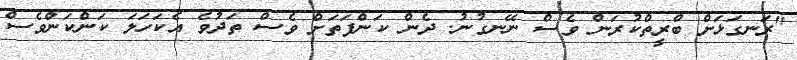
"ރަނގަަޅަށް ބްރީތްކުރަން ވެސް ނޭނގުނު. ދެން ކަންފަތަށް ވެސް ތަދުވެ އެކަހަލަ ކަންކަންވެސް